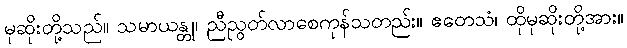
မုဆိုးတို့သည်။ သမာယန္တု၊ ညီညွတ်လာစေကုန်သတည်း။ ဧတေသံ၊ ထိုမုဆိုးတို့အား။